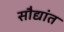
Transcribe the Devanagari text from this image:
सौद्यांत